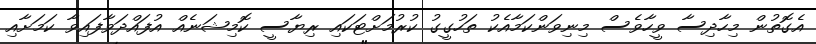
އެގޮތުން މިހާދިސާ ވީހާވެސް މިނިވަންކަމާއެކު ތަހުގީގު ކުރުމަށްޓަކައި ރިޔާސީ ކޮމިޝަނެއް އުފައްދަވާފައިވާ ކަމަށާއި